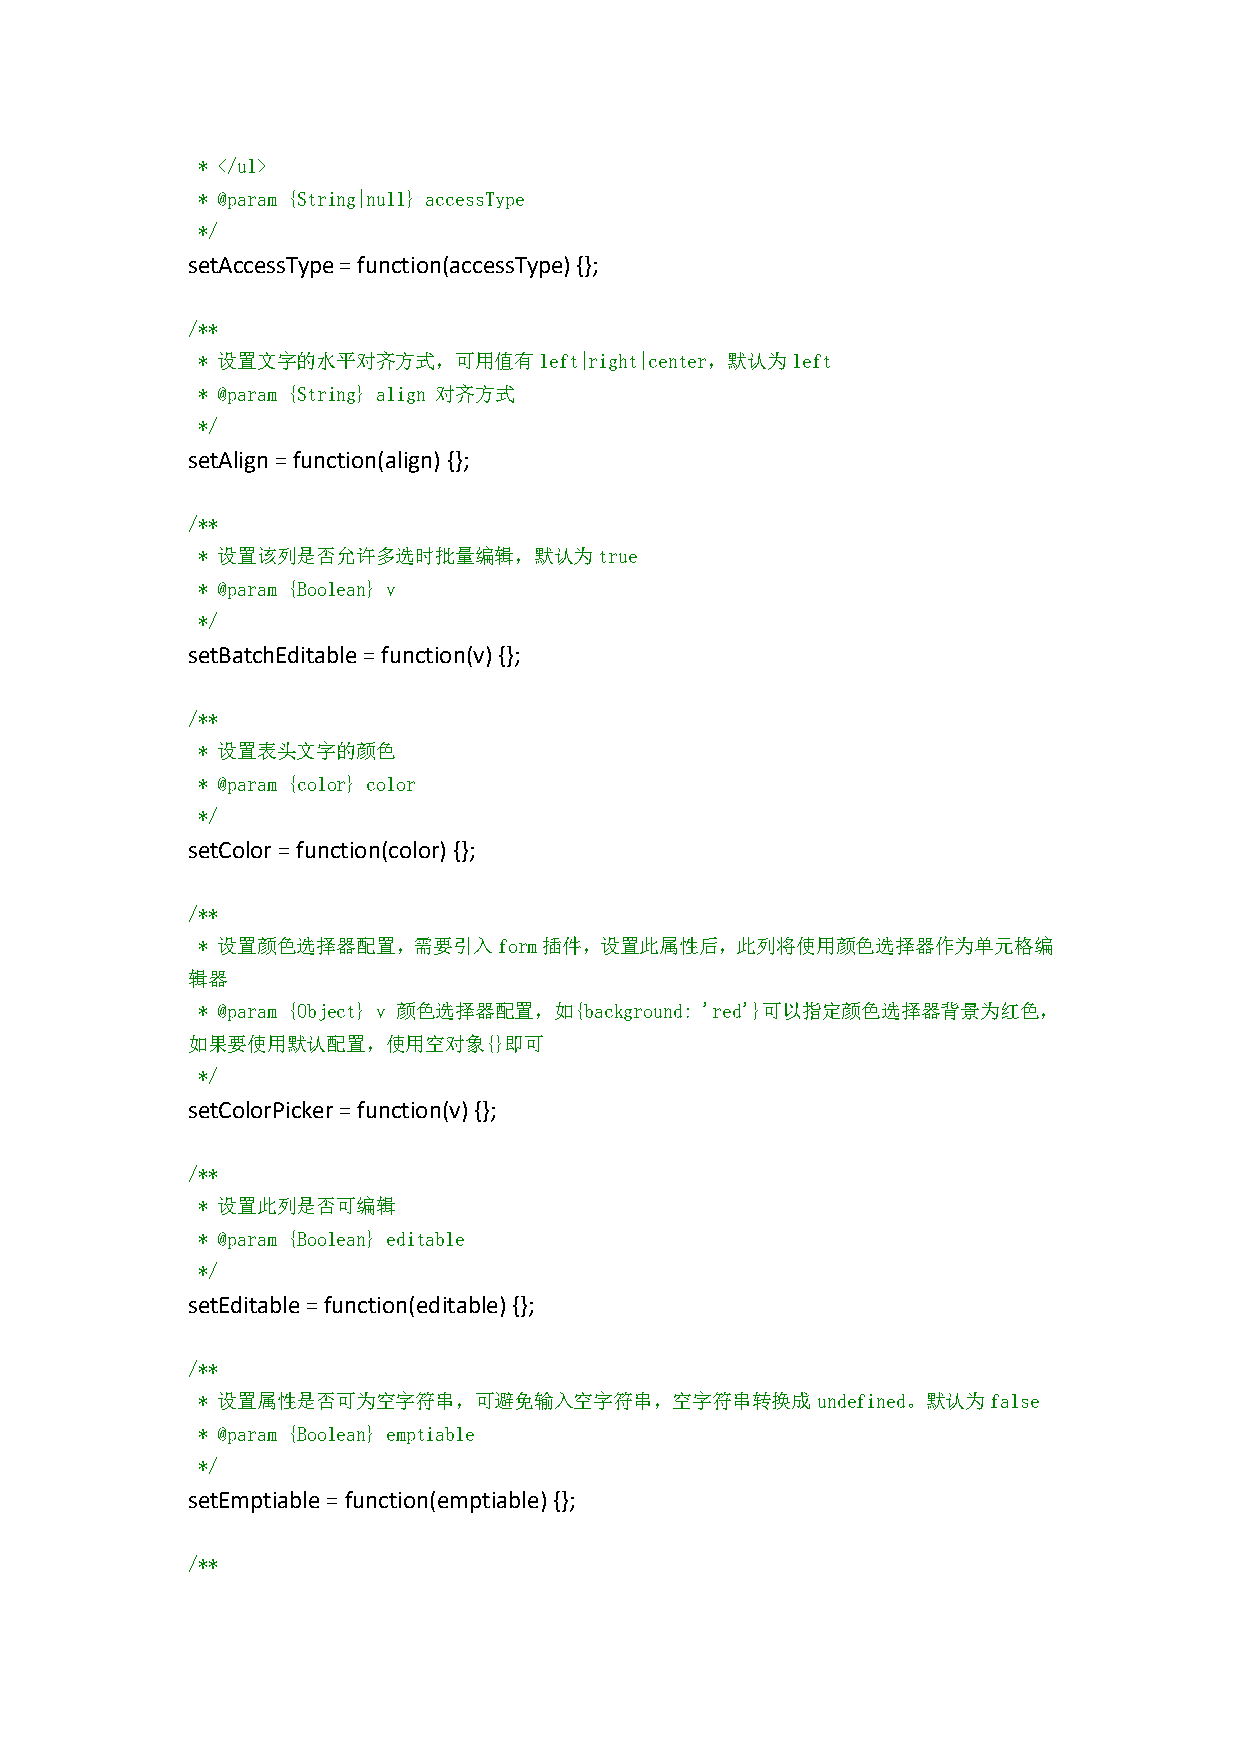
* </ul>
 * @param {String|null} accessType
 */
 setAccessType=function(accessType){};
 /**
 * 设置文字的水平对齐方式，可用值有left|right|center，默认为left
 * @param {String} align 对齐方式
 */
 setAlign=function(align){};
 /**
 * 设置该列是否允许多选时批量编辑，默认为true
 * @param {Boolean} v
 */
 setBatchEditable=function(v){};
 /**
 * 设置表头文字的颜色
 * @param {color} color
 */
 setColor=function(color){};
 /**
 * 设置颜色选择器配置，需要引入form插件，设置此属性后，此列将使用颜色选择器作为单元格编
 辑器
 * @param {Object} v 颜色选择器配置，如{background: 'red'}可以指定颜色选择器背景为红色，
 如果要使用默认配置，使用空对象{}即可
 */
 setColorPicker=function(v){};
 /**
 * 设置此列是否可编辑
 * @param {Boolean} editable
 */
 setEditable=function(editable){};
 /**
 * 设置属性是否可为空字符串，可避免输入空字符串，空字符串转换成undefined。默认为false
 * @param {Boolean} emptiable
 */
 setEmptiable=function(emptiable){};
 /**